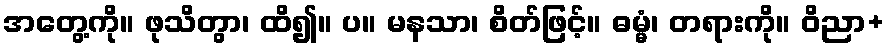
အတွေ့ကို။ ဖုသိတွာ၊ ထိ၍။ ပ။ မနသာ၊ စိတ်ဖြင့်။ ဓမ္မံ၊ တရားကို။ ဝိညာ+